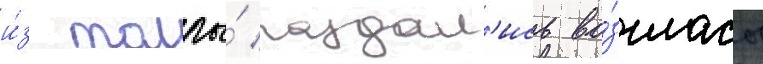
и́з толпы́ раздал'ись во́згласы